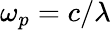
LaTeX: \omega_{p}=c/\lambda